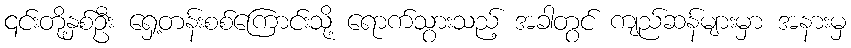
၎င်းတို့နှစ်ဦး ရှေ့တန်းစစ်ကြောင်းသို့ ရောက်သွားသည့် အခါတွင် ကျည်ဆန်များမှာ အနားမှ